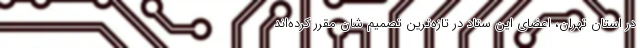
در استان تهران، اعضای این ستاد در تازه‌ترین تصمیم شان مقرر کرده‌اند